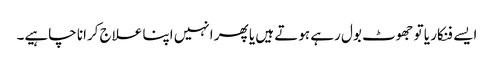
ایسے فنکار یا تو جھوٹ بول رہے ہوتے ہیں یا پھر انہیں اپنا علاج کرانا چاہیے۔